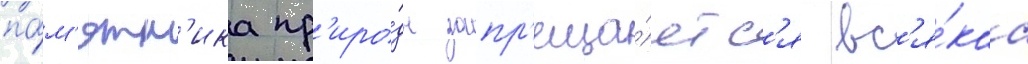
па́м'ятн'ика пр'иро́ды запр'еща́етс'я вс'я́каа